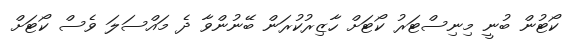
ކޯޓުން ބުނީ މިނިސްޓަރު ކޯޓަށް ހާޒިރުކުރަން ބޭނުންވާ ދެ މައްސަލަ ވެސް ކޯޓަށް